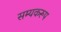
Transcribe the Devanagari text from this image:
सम्यकरूप